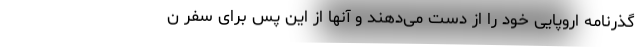
گذرنامه اروپایی خود را از دست می‌دهند و آنها از این پس برای سفر ن